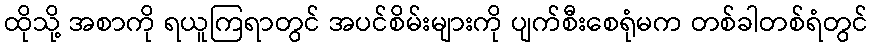
ထိုသို့ အစာကို ရယူကြရာတွင် အပင်စိမ်းများကို ပျက်စီးစေရုံမက တစ်ခါတစ်ရံတွင်